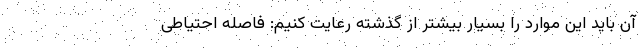
آن باید این موارد را بسیار بیشتر از گذشته رعایت کنیم: فاصله احتیاطی